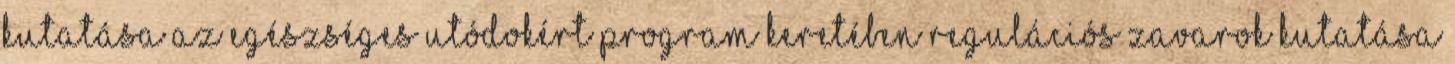
kutatása az Egészséges utódokért program keretében Regulációs zavarok kutatása